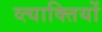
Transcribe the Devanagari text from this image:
व्त्याक्तियों